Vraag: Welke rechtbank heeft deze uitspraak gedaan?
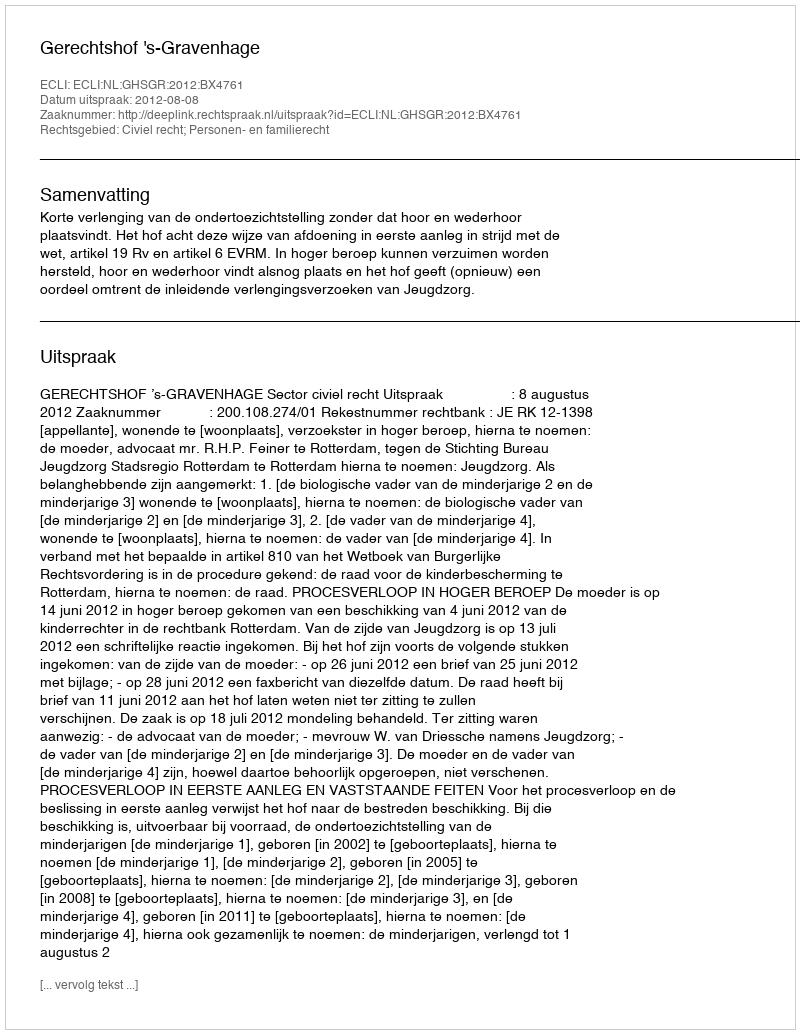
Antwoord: Gerechtshof 's-Gravenhage